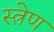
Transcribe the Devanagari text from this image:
स्त्रेण